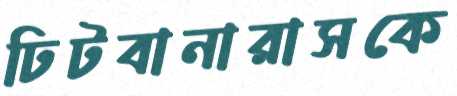
ঢিটবানারাসকে